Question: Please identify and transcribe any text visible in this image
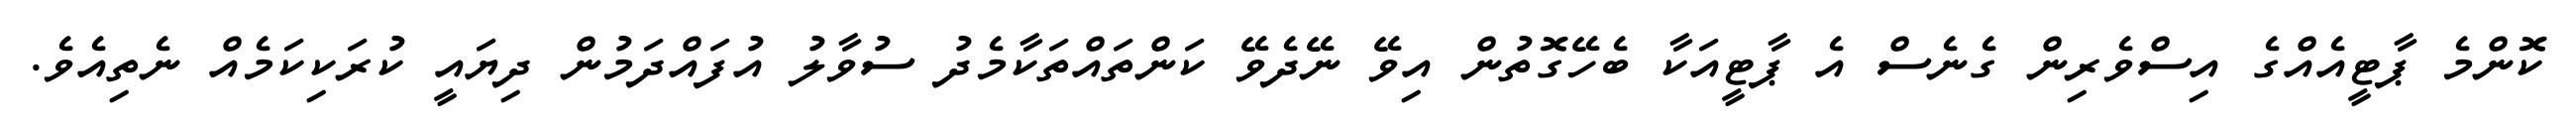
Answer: ކޮންމެ ޕާޓީއެއްގެ އިސްވެރިން ގެނެސް އެ ޕާޓީއަކާ ބެހޭގޮތުން އިވޭ ނޭދެވޭ ކަންތައްތަކާމެދު ސުވާލު އުފައްދަމުން ދިޔައީ ކުރަކިކަމެއް ނެތިއެވެ.